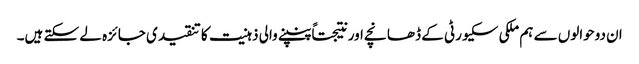
ان دوحوالوں سے ہم ملکی سکیورٹی کے ڈھانچے اور نتیجتاً پنپنے والی ذہنیت کا تنقیدی جائزہ لے سکتے ہیں۔